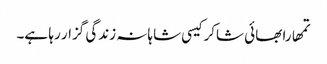
تمھارا بھائی شاکر کیسی شاہانہ زندگی گزار رہا ہے۔